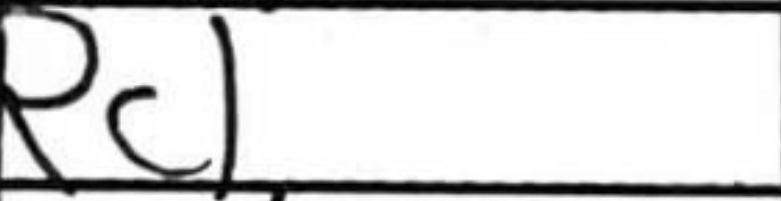
Transcription: Rc1